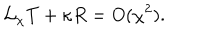
{ \cal L } _ { \chi } T + \kappa R = O ( \chi ^ { 2 } ) .